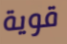
قوية